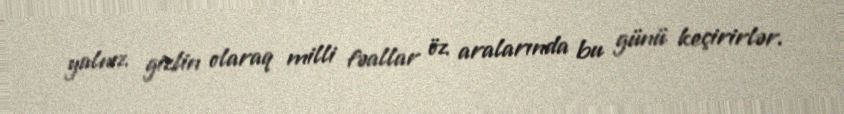
yalnız gizlin olaraq milli fəallar öz aralarında bu günü keçirirlər.